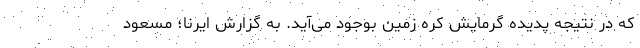
که در نتیجه پدیده گرمایش کره زمین بوجود می‌آید. به گزارش ایرنا؛ مسعود